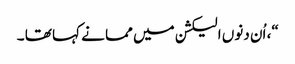
“، اُن دنوں الیکشن میں مما نے کہا تھا ۔